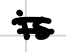
Text: is
Cross-out: double-line
Writing tool: digital_black